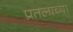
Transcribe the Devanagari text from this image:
प्रतलाच्या